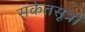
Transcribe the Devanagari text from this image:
संकेतसूत्रों